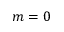
m = 0